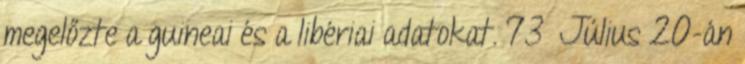
megelőzte a guineai és a libériai adatokat. 73 Július 20-án